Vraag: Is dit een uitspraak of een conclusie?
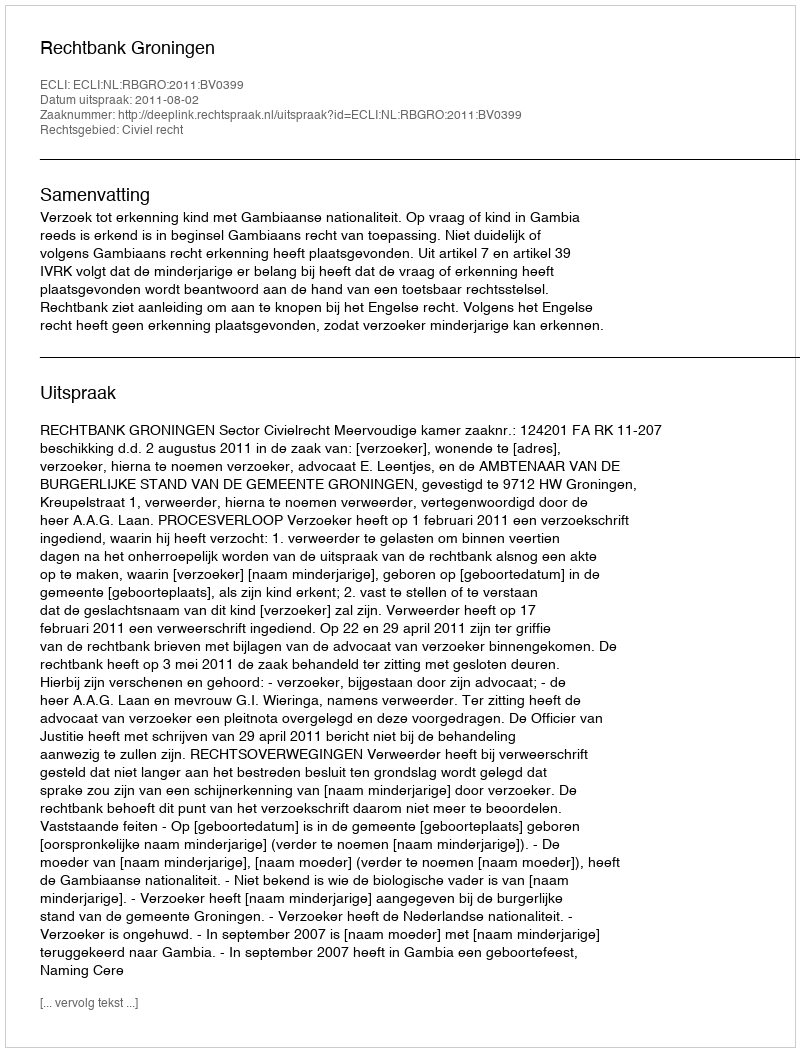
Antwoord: Uitspraak